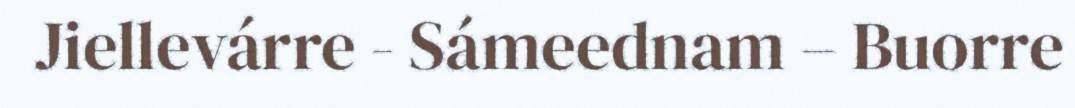
Jiellevárre - Sámeednam – Buorre